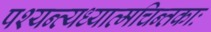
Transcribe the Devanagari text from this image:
पश्यन्त्यध्यात्मचिन्तकाः